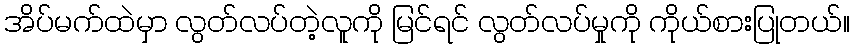
အိပ်မက်ထဲမှာ လွတ်လပ်တဲ့လူကို မြင်ရင် လွတ်လပ်မှုကို ကိုယ်စားပြုတယ်။